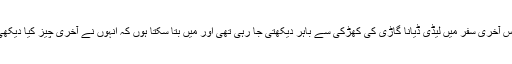
اپنے اس آخری سفر میں لیڈی ڈیانا گاڑی کی کھڑکی سے باہر دیکھتی جا رہی تھی اور میں بتا سکتا ہوں کہ انہوں نے آخری چیز کیا دیکھی تھی۔